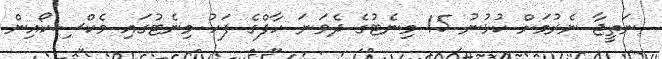
ނަތީޖާ ނެރުމަށް ކުޅުނު 15 މިނެޓުގެ ދެވަނަ ހާފްގެ ފަހު މިނެޓުގައި މެކްސިކޯއިން